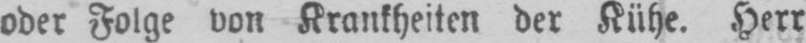
oder Folge von Krankheiten der Kühe. Herr